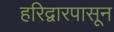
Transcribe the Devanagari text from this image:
हरिद्वारपासून